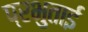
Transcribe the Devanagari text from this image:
प्रभुताई